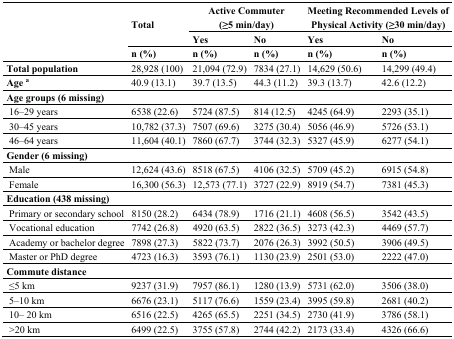
<table><thead><tr><td rowspan="3"></td><td rowspan="2"><b>Total</b></td><td colspan="2"><b>Active Commuter (≥5 min/day)</b></td><td colspan="2"><b>Meeting Recommended Levels of Physical Activity (≥30 min/day)</b></td></tr><tr><td><b>Yes</b></td><td><b>No</b></td><td><b>Yes</b></td><td><b>No</b></td></tr><tr><td><b>n (%)</b></td><td><b>n (%)</b></td><td><b>n (%)</b></td><td><b>n (%)</b></td><td><b>n (%)</b></td></tr></thead><tbody><tr><td><b>Total population</b></td><td>28,928 (100)</td><td>21,094 (72.9)</td><td>7834 (27.1)</td><td>14,629 (50.6)</td><td>14,299 (49.4)</td></tr><tr><td><b>Age <sup>a</sup></b></td><td>40.9 (13.1)</td><td>39.7 (13.5)</td><td>44.3 (11.2)</td><td>39.3 (13.7)</td><td>42.6 (12.2)</td></tr><tr><td><b>Age groups (6 missing)</b></td><td></td><td></td><td></td><td></td><td></td></tr><tr><td> 16–29 years</td><td>6538 (22.6)</td><td>5724 (87.5)</td><td>814 (12.5)</td><td>4245 (64.9)</td><td>2293 (35.1)</td></tr><tr><td> 30–45 years</td><td>10,782 (37.3)</td><td>7507 (69.6)</td><td>3275 (30.4)</td><td>5056 (46.9)</td><td>5726 (53.1)</td></tr><tr><td> 46–64 years</td><td>11,604 (40.1)</td><td>7860 (67.7)</td><td>3744 (32.3)</td><td>5327 (45.9)</td><td>6277 (54.1)</td></tr><tr><td><b>Gender (6 missing)</b></td><td></td><td></td><td></td><td></td><td></td></tr><tr><td> Male</td><td>12,624 (43.6)</td><td>8518 (67.5)</td><td>4106 (32.5)</td><td>5709 (45.2)</td><td>6915 (54.8)</td></tr><tr><td> Female </td><td>16,300 (56.3)</td><td>12,573 (77.1)</td><td>3727 (22.9)</td><td>8919 (54.7)</td><td>7381 (45.3)</td></tr><tr><td><b>Education (438 missing)</b></td><td></td><td></td><td></td><td></td><td></td></tr><tr><td> Primary or secondary school</td><td>8150 (28.2)</td><td>6434 (78.9)</td><td>1716 (21.1)</td><td>4608 (56.5)</td><td>3542 (43.5)</td></tr><tr><td> Vocational education</td><td>7742 (26.8)</td><td>4920 (63.5)</td><td>2822 (36.5)</td><td>3273 (42.3)</td><td>4469 (57.7)</td></tr><tr><td> Academy or bachelor degree</td><td>7898 (27.3)</td><td>5822 (73.7)</td><td>2076 (26.3)</td><td>3992 (50.5)</td><td>3906 (49.5)</td></tr><tr><td> Master or PhD degree</td><td>4723 (16.3)</td><td>3593 (76.1)</td><td>1130 (23.9)</td><td>2501 (53.0)</td><td>2222 (47.0)</td></tr><tr><td><b>Commute distance</b></td><td></td><td></td><td></td><td></td><td></td></tr><tr><td> ≤5 km</td><td>9237 (31.9)</td><td>7957 (86.1)</td><td>1280 (13.9)</td><td>5731 (62.0)</td><td>3506 (38.0)</td></tr><tr><td> 5–10 km</td><td>6676 (23.1)</td><td>5117 (76.6)</td><td>1559 (23.4)</td><td>3995 (59.8)</td><td>2681 (40.2)</td></tr><tr><td> 10– 20 km</td><td>6516 (22.5)</td><td>4265 (65.5)</td><td>2251 (34.5)</td><td>2730 (41.9)</td><td>3786 (58.1)</td></tr><tr><td> &gt;20 km</td><td>6499 (22.5)</td><td>3755 (57.8)</td><td>2744 (42.2)</td><td>2173 (33.4)</td><td>4326 (66.6)</td></tr></tbody></table>